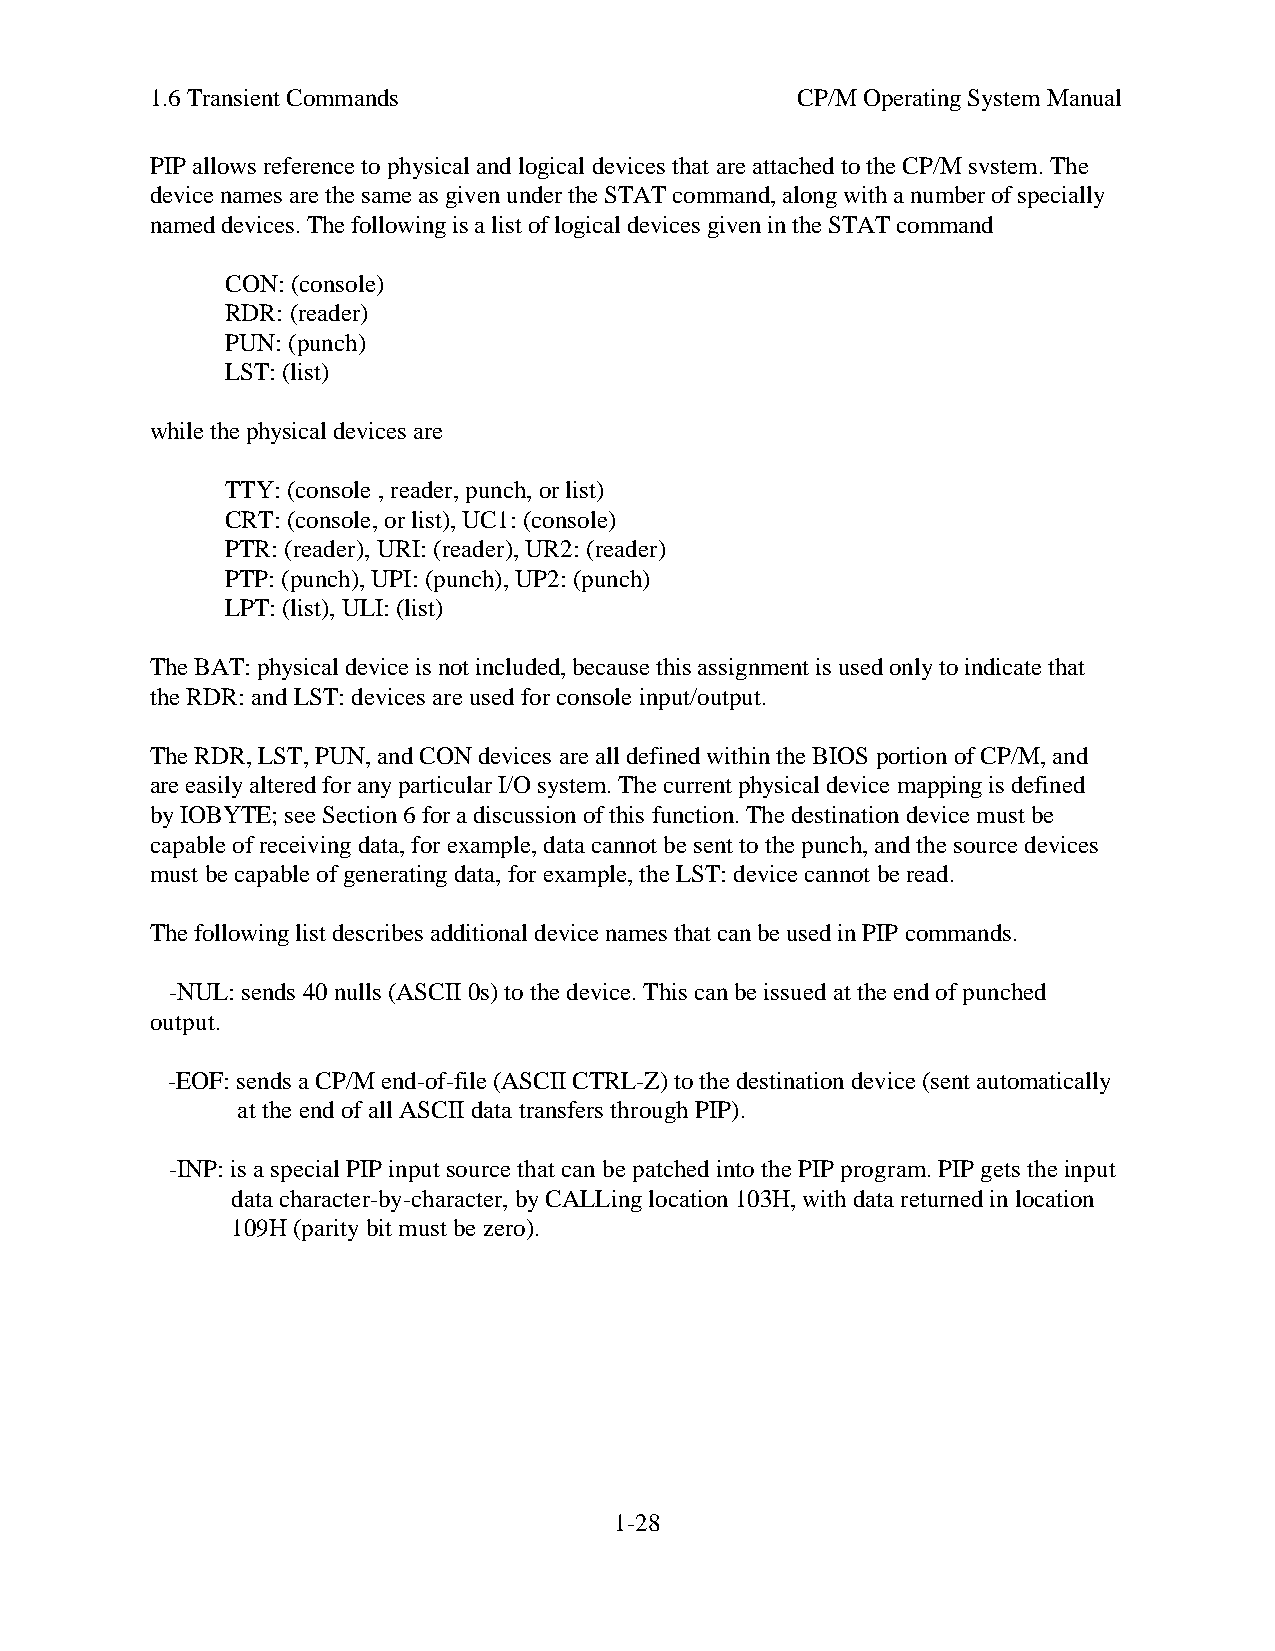
1.6 Transient Commands                     CP/M Operating System Manual
 PIP allows reference to physical and logical devices that are attached to the CP/M svstem. The
 device names are the same as given under the STAT command, along with a number of specially
 named devices. The following is a list of logical devices given in the STAT command
 CON: (console)
 RDR: (reader)
 PUN: (punch)
 LST: (list)
 while the physical devices are
 TTY: (console , reader, punch, or list)
 CRT: (console, or list), UC1: (console)
 PTR: (reader), URI: (reader), UR2: (reader)
 PTP: (punch), UPI: (punch), UP2: (punch)
 LPT: (list), ULI: (list)
 The BAT: physical device is not included, because this assignment is used only to indicate that
 the RDR: and LST: devices are used for console input/output.
 The RDR, LST, PUN, and CON devices are all defined within the BIOS portion of CP/M, and
 are easily altered for any particular I/O system. The current physical device mapping is defined
 by IOBYTE; see Section 6 for a discussion of this function. The destination device must be
 capable of receiving data, for example, data cannot be sent to the punch, and the source devices
 must be capable of generating data, for example, the LST: device cannot be read.
 The following list describes additional device names that can be used in PIP commands.
 -NUL: sends 40 nulls (ASCII 0s) to the device. This can be issued at the end of punched
 output.
 -EOF: sends a CP/M end-of-file (ASCII CTRL-Z) to the destination device (sent automatically
 at the end of all ASCII data transfers through PIP).
 -INP: is a special PIP input source that can be patched into the PIP program. PIP gets the input
 data character-by-character, by CALLing location 103H, with data returned in location
 109H (parity bit must be zero).
 1-28